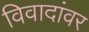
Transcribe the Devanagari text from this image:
विवादांवर